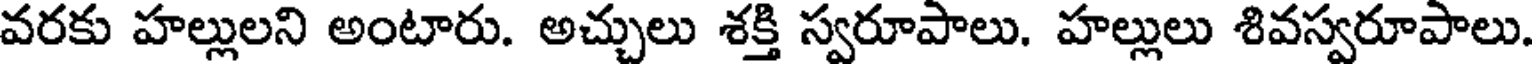
వరకు హల్లులని అంటారు. అచ్చులు శక్తి స్వరూపాలు. హల్లులు శివస్వరూపాలు.